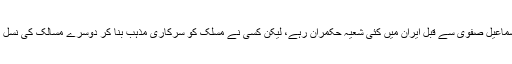
یاد رہے کہ اسماعیل صفوی سے قبل ایران میں کئی شعیہ حکمران رہے، لیکن کسی نے مسلک کو سرکاری مذہب بنا کر دوسرے مسالک کی نسل کشی نہیں کی۔